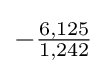
-{\tfrac {6,125}{1,242}}